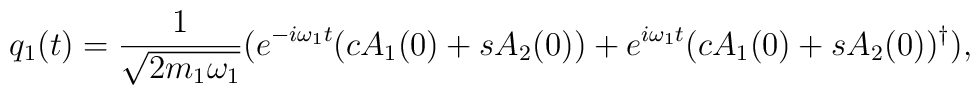
q_{1}(t)=\frac{1}{\sqrt{2m_{1}\omega_{1}}}(e^{-i\omega_{1} t}(c A_{1}(0) + s A_{2}(0))                   +     e^{i\omega_{1} t} (c A_{1}(0) + s A_{2}(0))^{\dag}),